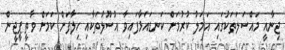
ޖިނާއީ މައްސަލަތަކުގައި އަމަލު ކުރުމަށް ކަނޑައަޅާފައިވާ އުސޫލުތަކާއި ހިލާފަށް ކަމަށް ވާތީ ޕީޖީން